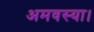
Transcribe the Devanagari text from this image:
अमवस्या।